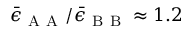
\bar { \epsilon } _ { \mathrm { ~ A ~ A ~ } } / \bar { \epsilon } _ { \mathrm { ~ B ~ B ~ } } \approx 1 . 2